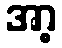
အာ့